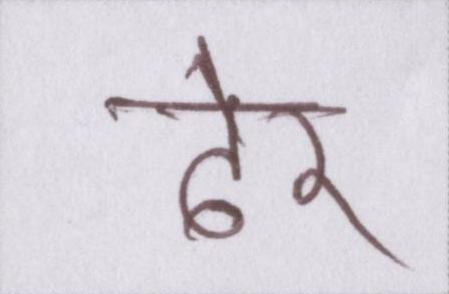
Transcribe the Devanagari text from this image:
ढेर